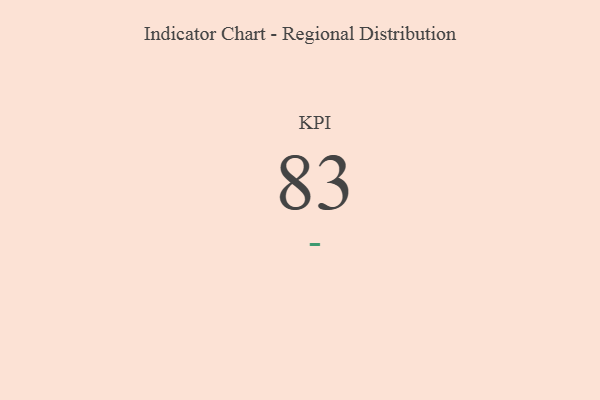
{"axis": {"x": "KPI", "y": "Value"}, "legend": [""], "data": [{"x": "KPI", "y": 83, "type": ""}]}